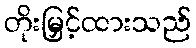
တိုးမြှင့်ထားသည်